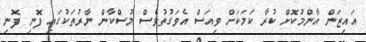
އައިޒަން އާންމުކޮށް ކުރާ ކަމަކަށް ވިއަސް އެވަގުތުވެސް މުސްކާން ނާރުތަކުގައި ފޮނި ފޮނި